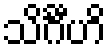
သိင်္ဂီဟိ